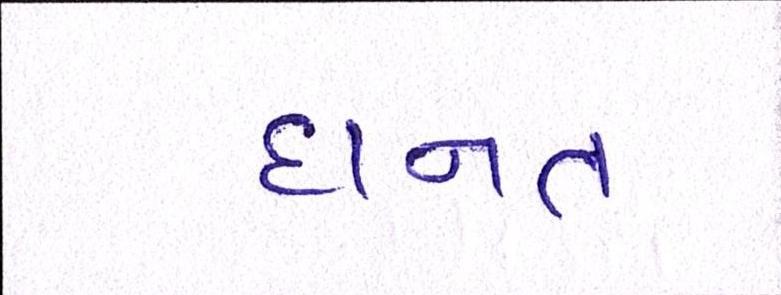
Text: દાનત